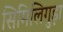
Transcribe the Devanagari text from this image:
सिमिलिगुड़ा